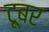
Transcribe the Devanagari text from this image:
टूबर